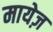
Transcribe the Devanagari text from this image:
मायेज़